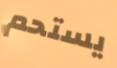
يستحم